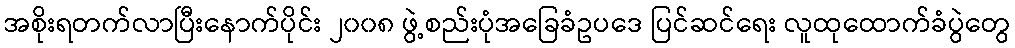
အစိုးရတက်လာပြီးနောက်ပိုင်း ၂၀၀၈ ဖွဲ့စည်းပုံအခြေခံဥပဒေ ပြင်ဆင်ရေး လူထုထောက်ခံပွဲတွေ